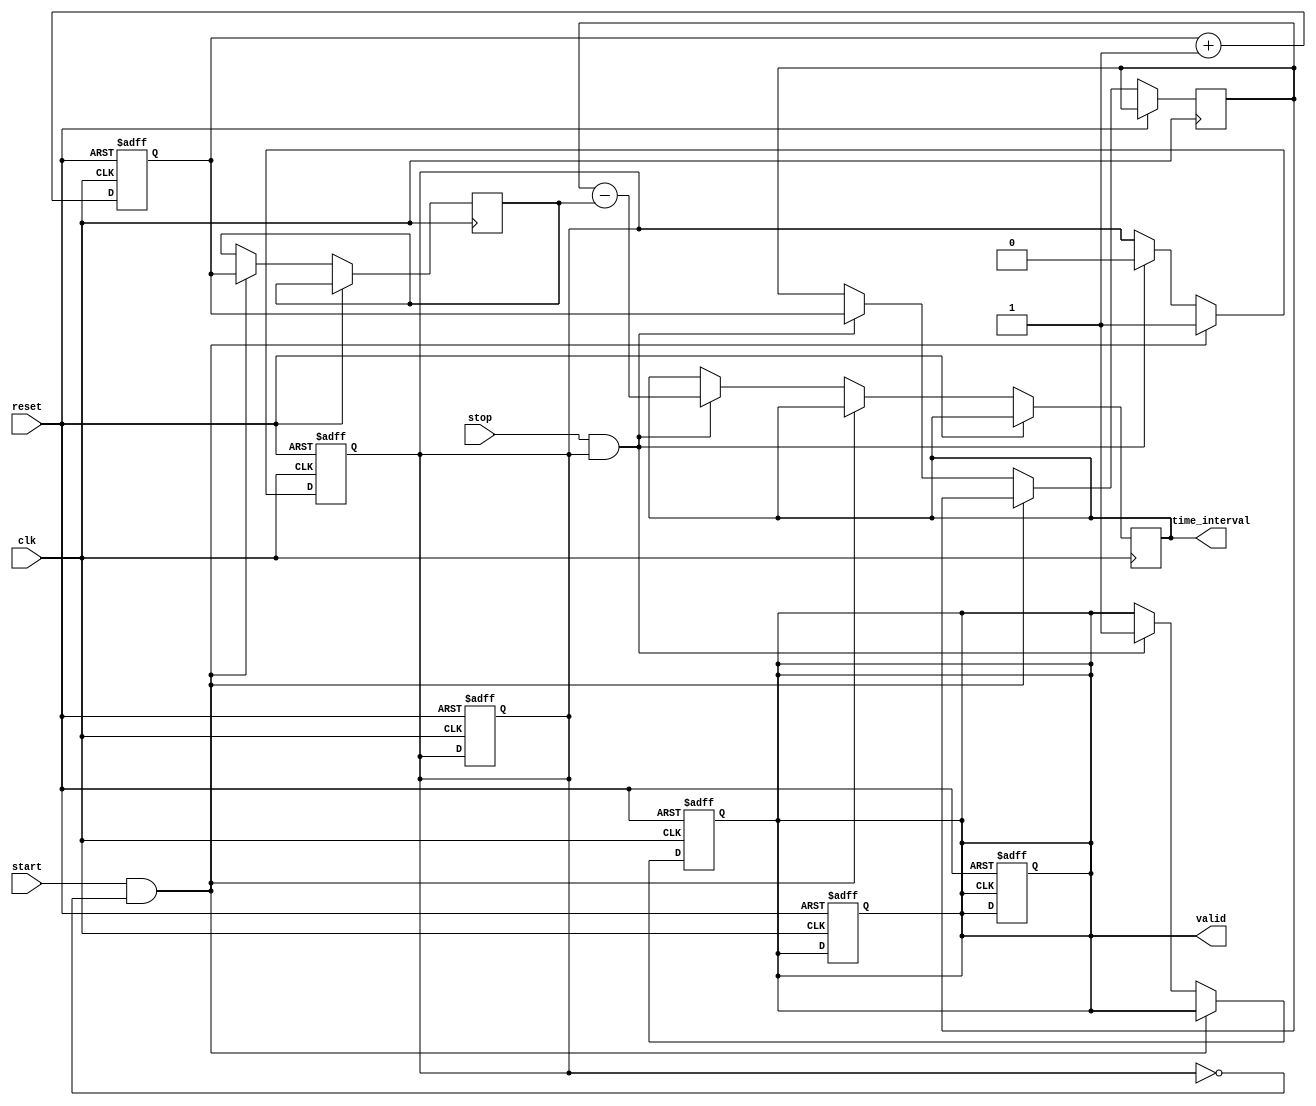
module TDC (
    input wire clk,           // High-frequency clock signal
    input wire reset,         // Asynchronous reset signal
    input wire start,         // Start signal (S)
    input wire stop,          // Stop signal (E)
    output reg [15:0] time_interval, // Time interval output (16-bits)
    output reg valid          // Output valid flag
);

// Parameters
parameter MEMORY_SIZE = 256; // Size of the memory for timestamps
parameter COUNTER_WIDTH = 16; // Width of the counter

// Internal Signals
reg [COUNTER_WIDTH-1:0] counter;              // Clock cycle counter
reg [COUNTER_WIDTH-1:0] start_time;           // Memory to store start time
reg [COUNTER_WIDTH-1:0] stop_time;            // Memory to store stop time
reg [COUNTER_WIDTH-1:0] memory [0:MEMORY_SIZE-1]; // Memory block to store timestamps
reg [7:0] write_ptr;                           // Pointer for memory write
reg start_detected;                            // Flag to indicate start event detected

// Initialization
initial begin
    counter = 0;
    write_ptr = 0;
    valid = 0;
end

// Counter logic
always @(posedge clk or posedge reset) begin
    if (reset) begin
        counter <= 0;
        write_ptr <= 0;
        valid <= 0;
        start_detected <= 0;
    end else begin
        counter <= counter + 1; // Increment counter on each clock
    end
end

// Start and Stop event detection
always @(posedge clk or posedge reset) begin
    if (reset) begin
        start_detected <= 0;
        valid <= 0;
    end else begin
        if (start && !start_detected) begin
            // Capture the start time
            start_time <= counter;
            memory[write_ptr] <= counter; // Store in memory
            start_detected <= 1; // Set start detected flag
        end else if (stop && start_detected) begin
            // Capture the stop time
            stop_time <= counter;
            time_interval <= stop_time - start_time; // Calculate time interval
            valid <= 1; // Indicate valid output
            write_ptr <= write_ptr + 1; // Move write pointer for next entry
            start_detected <= 0; // Reset start detected flag
        end
    end
end

// Output logic (optional)
always @(posedge valid or posedge reset) begin
    if (reset) begin
        valid <= 0;
    end else begin
        // Output can be processed or sent to another module
        // Here we could include additional logic for output formatting
    end
end

endmodule